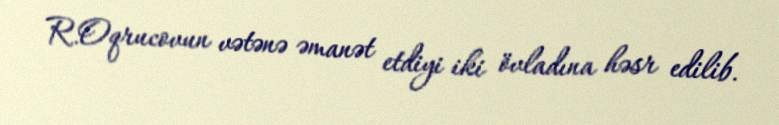
R.Oqrucovun vətənə əmanət etdiyi iki övladına həsr edilib.